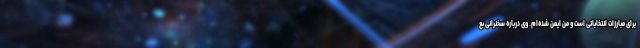
برای مبارزات انتخاباتی است و من ایمن شده‌ام. وی درباره سخنرانی بع